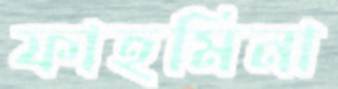
ফাহমিনা